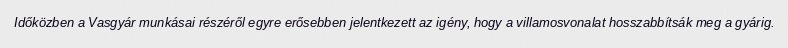
Időközben a Vasgyár munkásai részéről egyre erősebben jelentkezett az igény, hogy a villamosvonalat hosszabbítsák meg a gyárig.